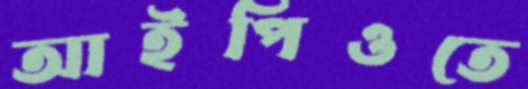
আইপিওতে